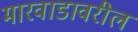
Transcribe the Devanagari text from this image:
मारवाडावरील